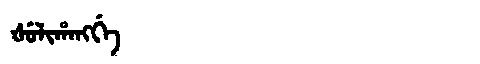
Manchu: ᡧᡠᠯᡳᡥᠠᠩᡤᡝ
Romanization: ŠULIHANGGE